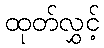
ထုတ်လွှင့်